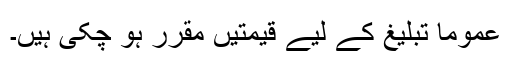
عموما تبلیغ کے لیے قیمتیں مقرر ہو چکی ہیں۔